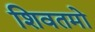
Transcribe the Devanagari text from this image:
शिवतमो